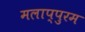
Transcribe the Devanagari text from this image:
मलाप्पुरम